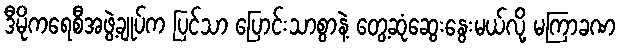
ဒီမိုကရေစီအဖွဲ့ချုပ်က ပြင်သာ ပြောင်းသာစွာနဲ့ တွေ့ဆုံဆွေးနွေးမယ်လို့ မကြာခဏ